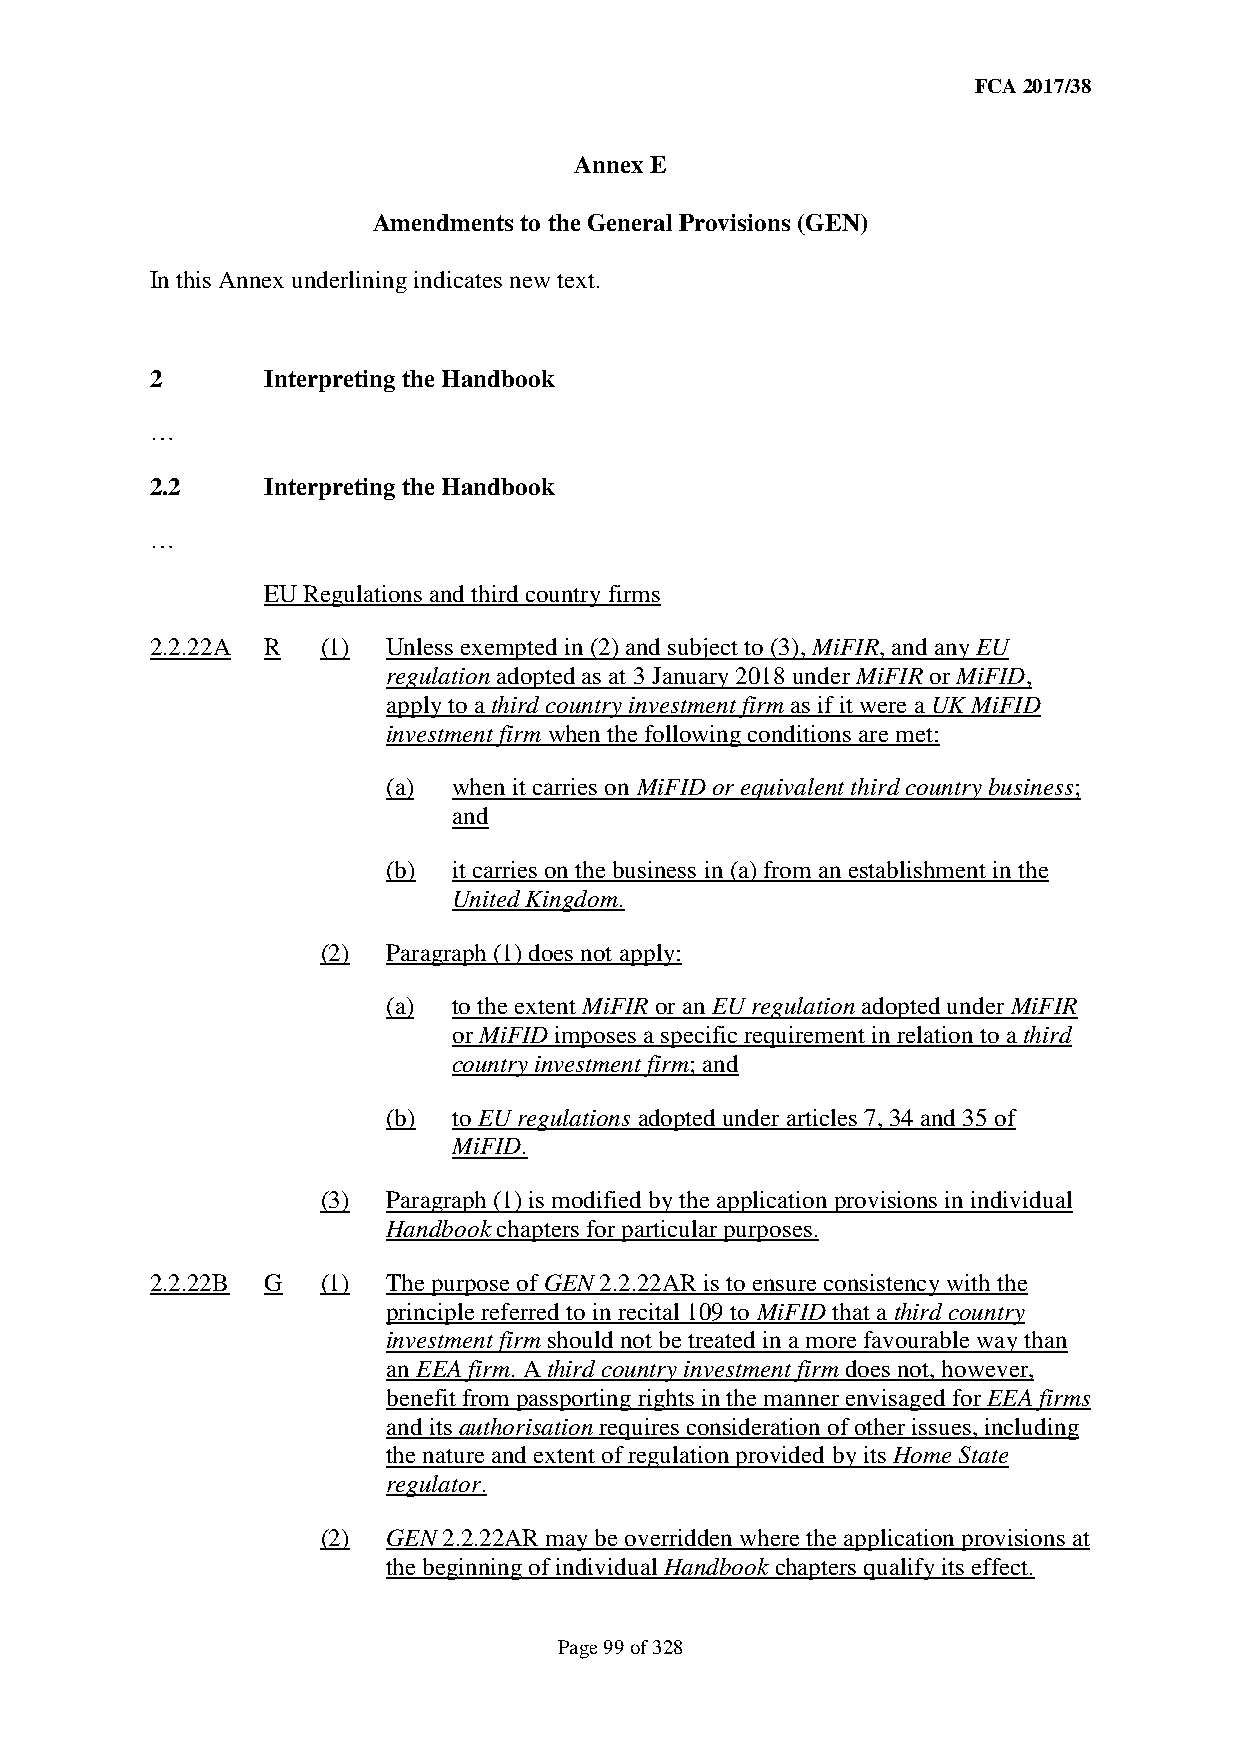
FCA 2017/38
 Annex E
 Amendments to the General Provisions (GEN)
 In this Annex underlining indicates new text.
 2      Interpreting the Handbook
 …
 2.2    Interpreting the Handbook
 …
 EU Regulations and third country firms
 2.2.22A R  (1)  Unless exempted in (2) and subject to (3), MiFIR, and any EU
 regulation adopted as at 3 January 2018 under MiFIR or MiFID,
 apply to a third country investment firm as if it were a UK MiFID
 investment firm when the following conditions are met:
 (a) when it carries on MiFID or equivalent third country business;
 and
 (b) it carries on the business in (a) from an establishment in the
 United Kingdom.
 (2)  Paragraph (1) does not apply:
 (a) to the extent MiFIR or an EU regulation adopted under MiFIR
 or MiFID imposes a specific requirement in relation to a third
 country investment firm; and
 (b) to EU regulations adopted under articles 7, 34 and 35 of
 MiFID.
 (3)  Paragraph (1) is modified by the application provisions in individual
 Handbook chapters for particular purposes.
 2.2.22B G  (1)  The purpose of GEN 2.2.22AR is to ensure consistency with the
 principle referred to in recital 109 to MiFID that a third country
 investment firm should not be treated in a more favourable way than
 an EEA firm. A third country investment firm does not, however,
 benefit from passporting rights in the manner envisaged for EEA firms
 and its authorisation requires consideration of other issues, including
 the nature and extent of regulation provided by its Home State
 regulator.
 (2)  GEN 2.2.22AR may be overridden where the application provisions at
 the beginning of individual Handbook chapters qualify its effect.
 Page 99 of 328